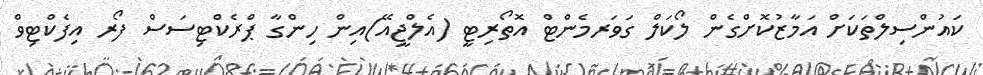
ކައުންސިލްތަކަށް އަމާޒުކޮށްގެން ލޯކަލް ގަވަރމެންޓް އޮތޯރިޓީ (އެލްޖީއޭ)އިން ހިންގާ ޕްރެކްޓިސަސް ފޯރ އިފެކްޓިވް